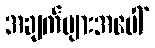
အချက်များအပေါ်